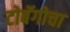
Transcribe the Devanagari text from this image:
टोबॅगोचा